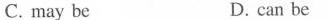
C.may be D.can be